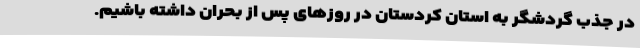
در جذب گردشگر به استان کردستان در روزهای پس از بحران داشته باشیم.